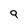
Character: 9